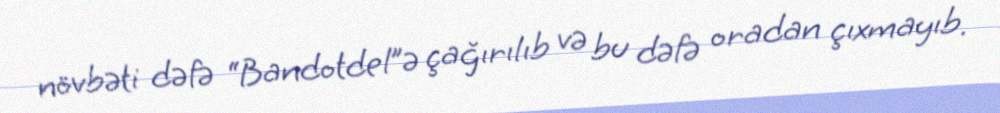
növbəti dəfə “Bandotdel”ə çağırılıb və bu dəfə oradan çıxmayıb.